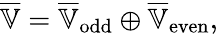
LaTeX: \overline{{\mathbb{V}}}=\overline{{\mathbb{V}}}_{\mathrm{odd}}\oplus\overline{{\mathbb{V}}}_{\mathrm{even}},